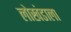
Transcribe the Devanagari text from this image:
लोखंडाला